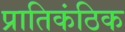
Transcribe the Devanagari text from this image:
प्रातिकंठिक